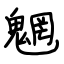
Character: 魍